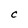
Character: c